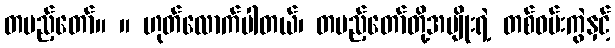
တပည့်တော်။ ။ ဟုတ်လောက်ပါတယ်၊ တပည့်တော်တို့အမျိုးရဲ့ တစ်ဝမ်းကွဲနှင့်